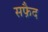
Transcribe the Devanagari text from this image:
सफै़द